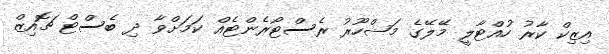
އިޒިކް ކާރު ހުއްޓާލީ މޭލޭގެ މަޝްހޫރު ރެސްޓޯރެންޓެއް ކަމަށްވާ ދި ބެސްޓް ޗޮއިޒް